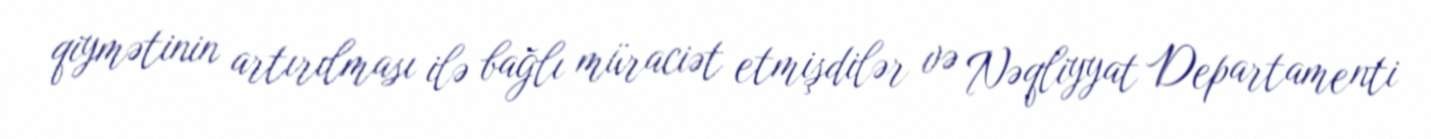
qiymətinin artırılması ilə bağlı müraciət etmişdilər və Nəqliyyat Departamenti